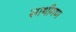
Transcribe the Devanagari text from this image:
साथीगण